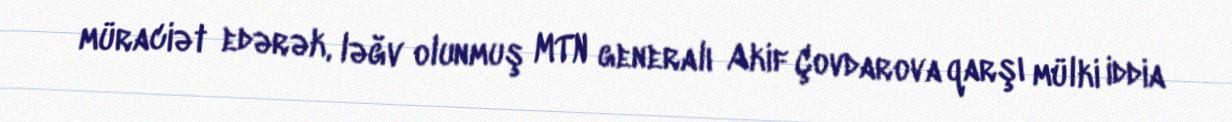
müraciət edərək, ləğv olunmuş MTN generalı Akif Çovdarova qarşı mülki iddia